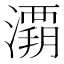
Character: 𰝚